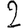
Digit: 2